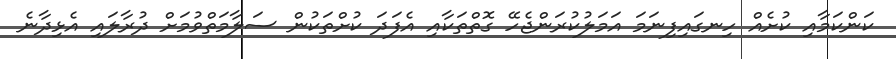
ކަންކަމާއި ކުށެއް ހިނގައިފިނަމަ އަމަލުކުރަންޖެހޭ ގޮތްތަކާއި އެފަދަ ކުށްތަކުން ސަލާމަތްވުމަށް ދުރާލައި އެޅިދާނެ